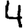
Digit: 4